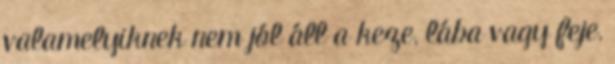
valamelyiknek nem jól áll a keze, lába vagy feje,